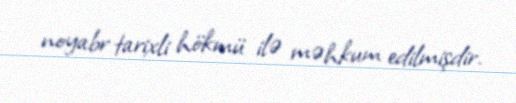
noyabr tarixli hökmü ilə məhkum edilmişdir.